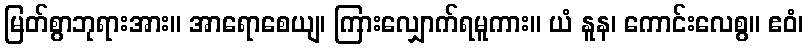
မြတ်စွာဘုရားအား။ အာရောစေယျ၊ ကြားလျှောက်ရမူကား။ ယံ နူန၊ ကောင်းလေစွ။ ဧဝံ၊